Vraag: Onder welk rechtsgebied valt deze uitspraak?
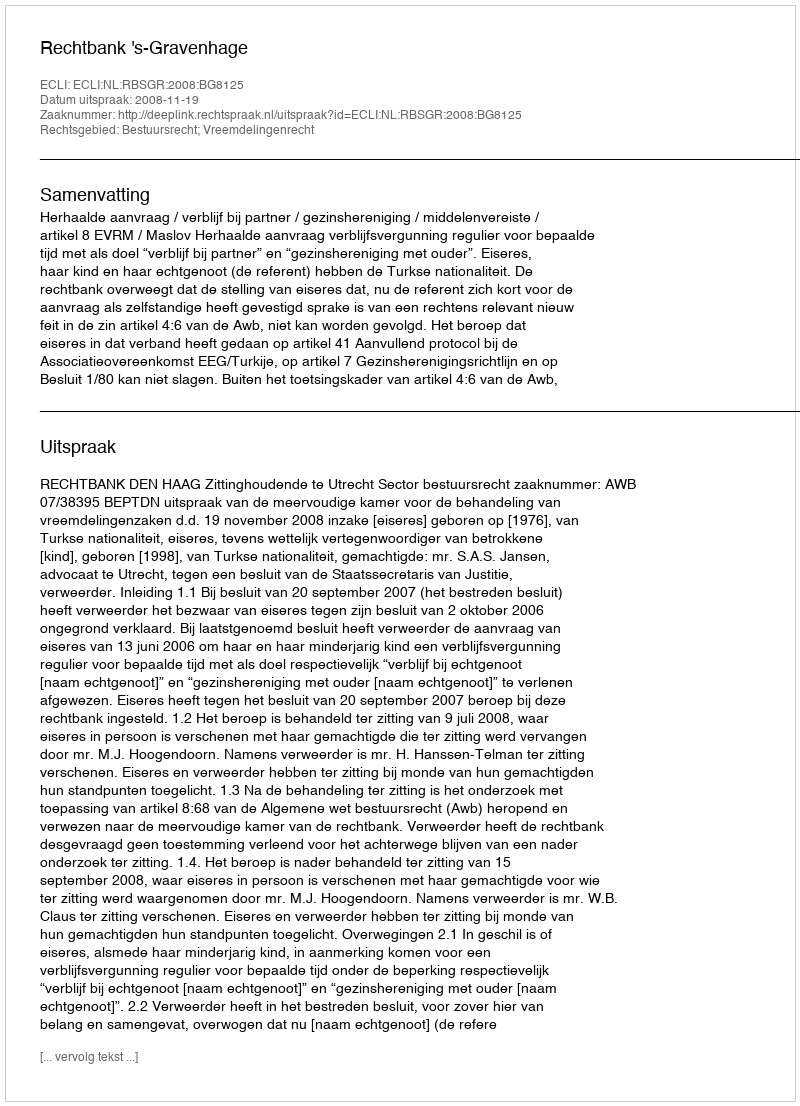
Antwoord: Bestuursrecht; Vreemdelingenrecht